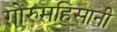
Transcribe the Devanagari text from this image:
गोरुमहिसानी